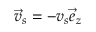
\vec { v } _ { s } = - v _ { s } \vec { e } _ { z }